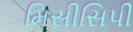
મિસીસિપી